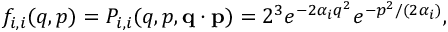
\begin{array} { r } { f _ { i , i } ( q , p ) = P _ { i , i } ( q , p , \ensuremath { \mathbf { q } } \cdot \ensuremath { \mathbf { p } } ) = 2 ^ { 3 } e ^ { - 2 \alpha _ { i } q ^ { 2 } } e ^ { - p ^ { 2 } / ( 2 \alpha _ { i } ) } , } \end{array}